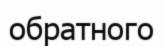
обратного